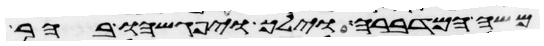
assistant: משה המדברה וילך ויפגשהו בהר